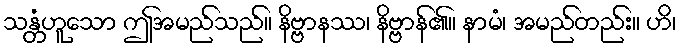
သန္တံဟူသော ဤအမည်သည်။ နိဗ္ဗာနဿ၊ နိဗ္ဗာန်၏။ နာမံ၊ အမည်တည်း။ ဟိ၊